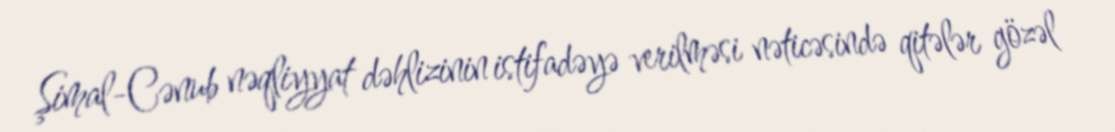
Şimal-Cənub nəqliyyat dəhlizinin istifadəyə verilməsi nəticəsində qitələr gözəl